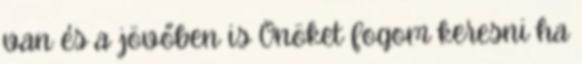
van és a jövőben is Önöket fogom keresni ha